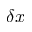
\delta x